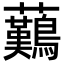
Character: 䕿